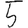
Digit: 5